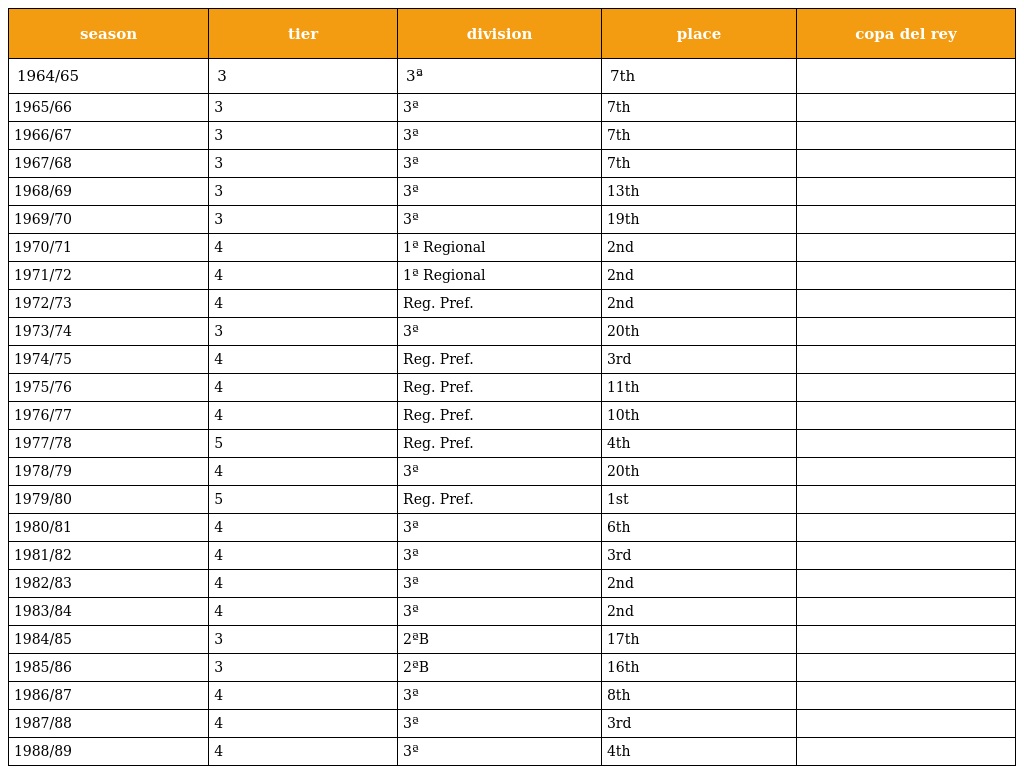
| season | tier | division | place | copa del rey |
 | --- | --- | --- | --- | --- |
 | 1964/65 | 3 | 3ª | 7th |  |
 | 1965/66 | 3 | 3ª | 7th |  |
 | 1966/67 | 3 | 3ª | 7th |  |
 | 1967/68 | 3 | 3ª | 7th |  |
 | 1968/69 | 3 | 3ª | 13th |  |
 | 1969/70 | 3 | 3ª | 19th |  |
 | 1970/71 | 4 | 1ª Regional | 2nd |  |
 | 1971/72 | 4 | 1ª Regional | 2nd |  |
 | 1972/73 | 4 | Reg. Pref. | 2nd |  |
 | 1973/74 | 3 | 3ª | 20th |  |
 | 1974/75 | 4 | Reg. Pref. | 3rd |  |
 | 1975/76 | 4 | Reg. Pref. | 11th |  |
 | 1976/77 | 4 | Reg. Pref. | 10th |  |
 | 1977/78 | 5 | Reg. Pref. | 4th |  |
 | 1978/79 | 4 | 3ª | 20th |  |
 | 1979/80 | 5 | Reg. Pref. | 1st |  |
 | 1980/81 | 4 | 3ª | 6th |  |
 | 1981/82 | 4 | 3ª | 3rd |  |
 | 1982/83 | 4 | 3ª | 2nd |  |
 | 1983/84 | 4 | 3ª | 2nd |  |
 | 1984/85 | 3 | 2ªB | 17th |  |
 | 1985/86 | 3 | 2ªB | 16th |  |
 | 1986/87 | 4 | 3ª | 8th |  |
 | 1987/88 | 4 | 3ª | 3rd |  |
 | 1988/89 | 4 | 3ª | 4th |  |